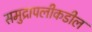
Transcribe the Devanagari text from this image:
समुद्रापलीकडील